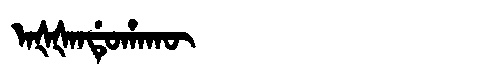
Manchu: ᠠᡧᡧᠠᠨᡩᡠᡥᠠᡴᡡ
Romanization: AŠŠANDUHAKŪ